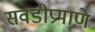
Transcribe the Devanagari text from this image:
सवडीप्रमाणे